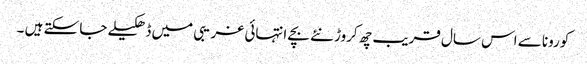
کورونا سے اس سال قریب چھ کروڑ نئے بچے انتہائی غریبی میں ڈھکیلے جا سکتے ہیں ۔